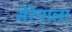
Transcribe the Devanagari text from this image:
सेरेनाला